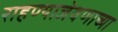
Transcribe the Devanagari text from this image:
राहण्याजेवणाच्या